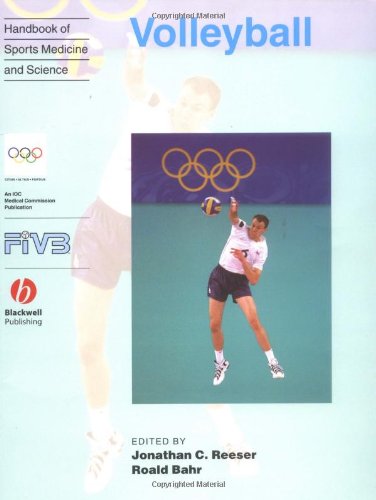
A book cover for Volleyball (The Handbook of Sports Medicine and Science); Jonathan Reeser; Sports & Outdoors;